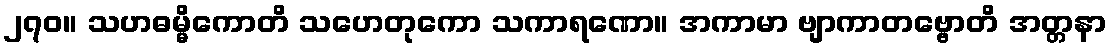
၂၇၀။ သဟဓမ္မိကောတိ သဟေတုကော သကာရဏော။ အကာမာ ဗျာကာတဗ္ဗောတိ အတ္တနာ